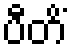
ပီတိံ